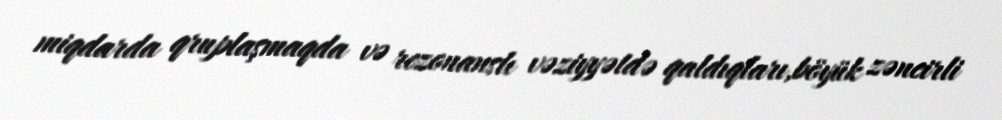
miqdarda qruplaşmaqda və rezonanslı vəziyyətdə qaldıqları,böyük zəncirli